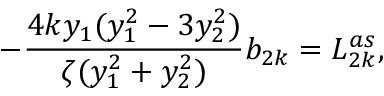
- \frac { 4 k y _ { 1 } ( y _ { 1 } ^ { 2 } - 3 y _ { 2 } ^ { 2 } ) } { \zeta ( y _ { 1 } ^ { 2 } + y _ { 2 } ^ { 2 } ) } b _ { 2 k } = L _ { 2 k } ^ { a s } ,